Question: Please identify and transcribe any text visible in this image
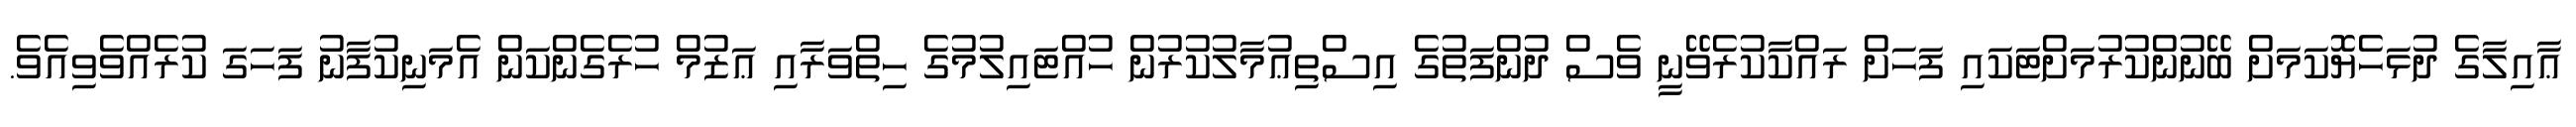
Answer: ޢާއިލާގެ ދުޅަހެޔޮކަމަށް ބޭނުންކުރުމަށްޓަކައި ފަހަށް ރައްކާކުރެވޭނީ ވެސް ދުންފަތުގެ އިސްތިޢުމާލުކުރުން ހުއްޓައިލުމުގެ ހިތްވަރާއި ޢަޒުމް ހުރެގެންކަން އެމަނިކުފާނު ފަހަގަ ކުރެއްވެވިއެވެ.